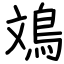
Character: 鳼